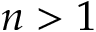
n > 1